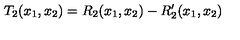
T _ { 2 } ( x _ { 1 } , x _ { 2 } ) = R _ { 2 } ( x _ { 1 } , x _ { 2 } ) - R _ { 2 } ^ { \prime } ( x _ { 1 } , x _ { 2 } )